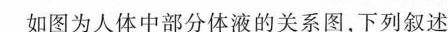
如图为人体中部分体液的关系图，下列叙述